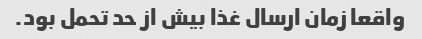
واقعا زمان ارسال غذا بیش از حد تحمل بود.